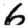
Digit: 6